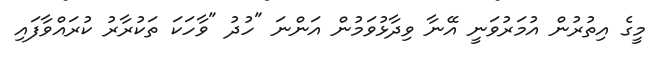
މީގެ އިތުރުން އުމަރުވަނީ އޭނާ ވިދާޅުވަމުން އަންނަ "ހުދު "ވާހަކަ ތަކުރާރު ކުރައްވާފައި